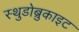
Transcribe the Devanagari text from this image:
स्थुडोब्रुकाइट